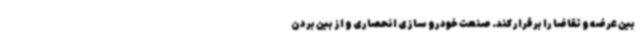
بین عرضه و تقاضا را برقرار کند. صنعت خودرو سازی انحصاری و از بین بردن